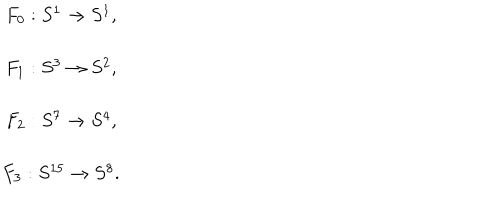
\begin{array} { c } { { F _ { 0 } : S ^ { 1 } \rightarrow S ^ { 1 } , } } \\ { { F _ { 1 } : S ^ { 3 } \rightarrow S ^ { 2 } , } } \\ { { F _ { 2 } : S ^ { 7 } \rightarrow S ^ { 4 } , } } \\ { { F _ { 3 } : S ^ { 1 5 } \rightarrow S ^ { 8 } . } } \\ \end{array}